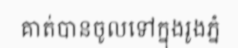
គាត់បានចូលទៅក្នុងរូងភ្នំ